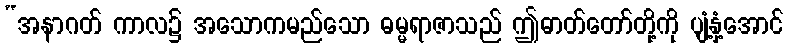
“အနာဂတ် ကာလ၌ အသောကမည်သော ဓမ္မရာဇာသည် ဤဓာတ်တော်တို့ကို ပျံ့နှံ့အောင်